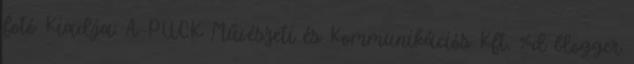
fotó Kiadja: A-PUCK Művészeti és Kommunikációs Kft. %d blogger